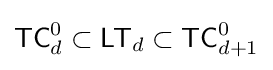
{\mathsf {TC}}_{d}^{0}\subset {\mathsf {LT}}_{d}\subset {\mathsf {TC}}_{d+1}^{0}